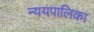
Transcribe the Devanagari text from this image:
न्ययपालिका